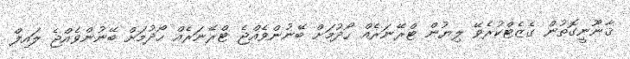
ޤާނޫނީގޮތުން ގެޒެޓްކުރެވޭ ލިޔުން ޓްރޭނަރެއް ހޯދުމަށް ބޭނުންވެއްޖެ ޓްރޭނަރެއް ހޯދުމަށް ބޭނުންވެއްޖެ ލައިފް